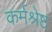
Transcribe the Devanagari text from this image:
कर्मश्रेष्ठ